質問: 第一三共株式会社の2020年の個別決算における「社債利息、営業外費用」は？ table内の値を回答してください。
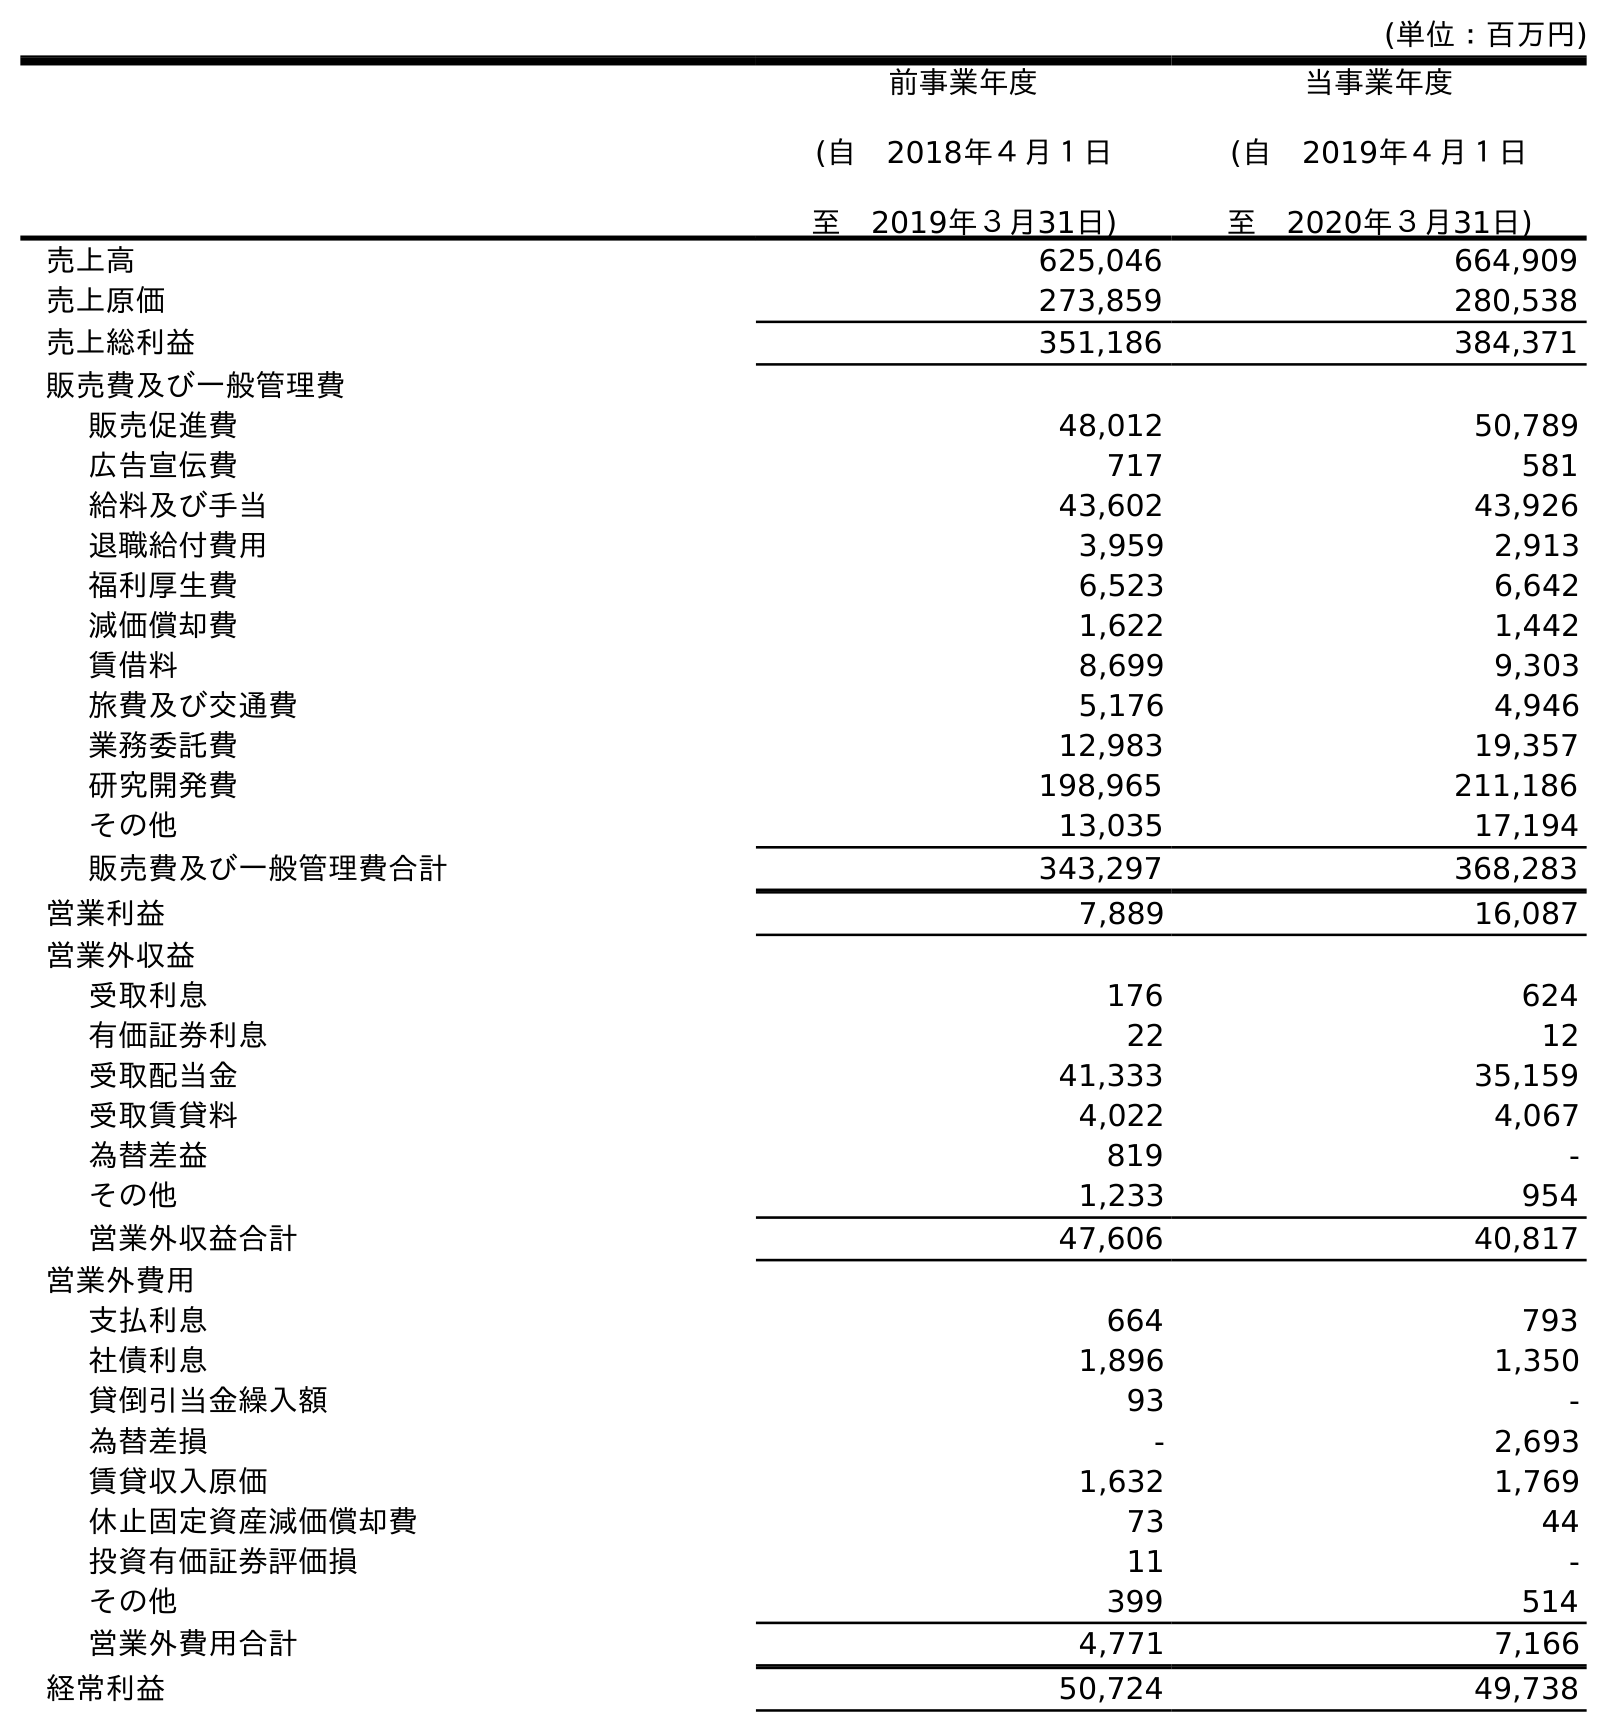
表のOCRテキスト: (単位：百万円) 前事業年度 (自 2018年４月１日 至 2019年３月31日) 当事業年度 (自 2019年４月１日 至 2020年３月31日) 売上高 625,046 664,909 売上原価 273,859 280,538 売上総利益 351,186 384,371 販売費及び一般管理費 販売促進費 48,012 50,789 広告宣伝費 717 581 給料及び手当 43,602 43,926 退職給付費用 3,959 2,913 福利厚生費 6,523 6,642 減価償却費 1,622 1,442 賃借料 8,699 9,303 旅費及び交通費 5,176 4,946 業務委託費 12,983 19,357 研究開発費 198,965 211,186 その他 13,035 17,194 販売費及び一般管理費合計 343,297 368,283 営業利益 7,889 16,087 営業外収益 受取利息 176 624 有価証券利息 22 12 受取配当金 41,333 35,159 受取賃貸料 4,022 4,067 為替差益 819 - その他 1,233 954 営業外収益合計 47,606 40,817 営業外費用 支払利息 664 793 社債利息 1,896 1,350 貸倒引当金繰入額 93 - 為替差損 - 2,693 賃貸収入原価 1,632 1,769 休止固定資産減価償却費 73 44 投資有価証券評価損 11 - その他 399 514 営業外費用合計 4,771 7,166 経常利益 50,724 49,738
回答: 1,350